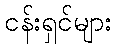
ငန်းရှင်များ